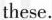
these.